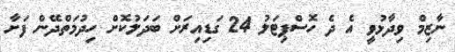
ނާޒިމް ވިދާޅުވީ އެ ދެ ހޮސްޕިޓަލު 24 ގަޑިއިރަށް ބަދަލުކޮށް ހިދުމަތްދޭން ފަށާ